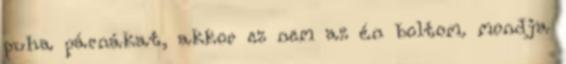
puha párnákat, akkor ez nem az én boltom. mondja